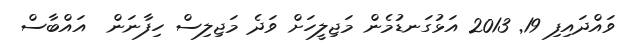
ވައްދައިފި 19